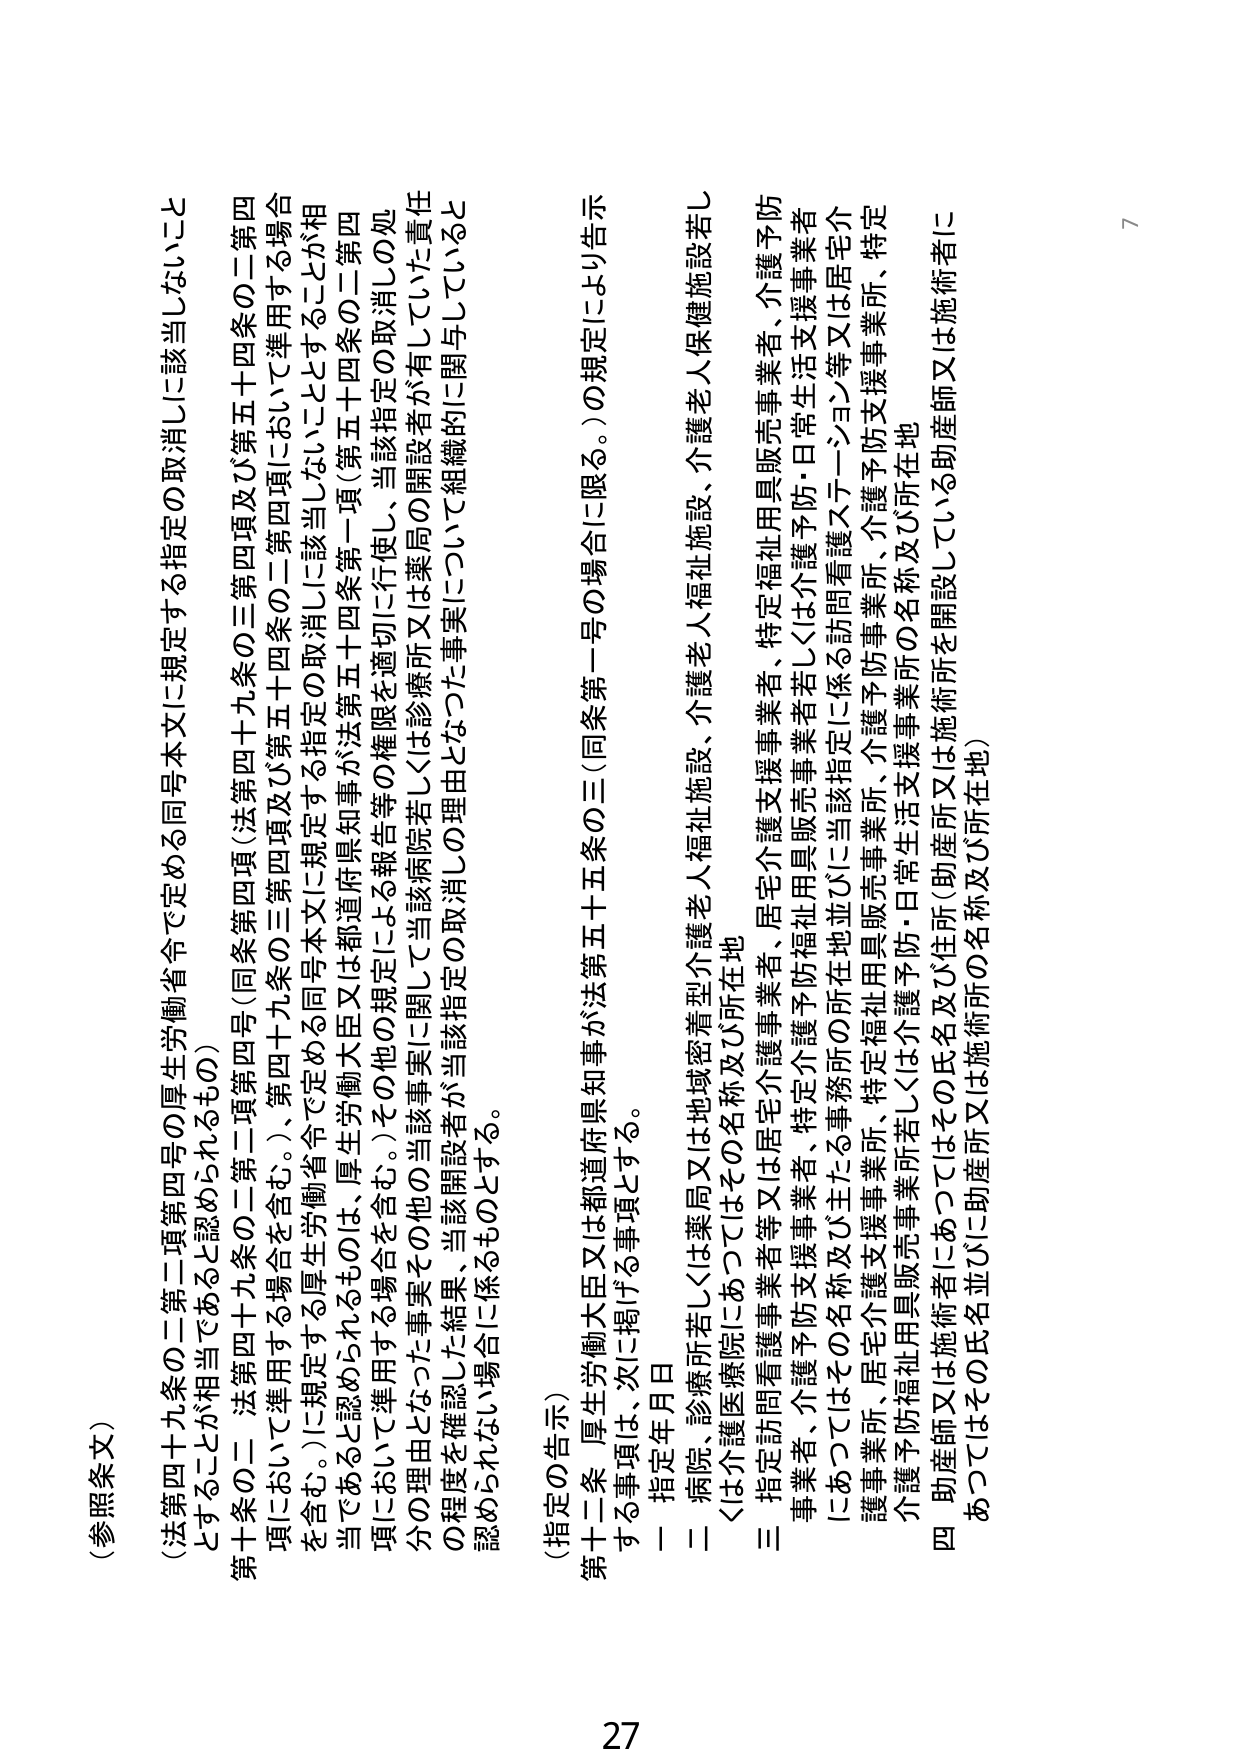
(参照条文)

(法第四十九条の二第二項第四号の厚生労働省令で定める同号本文に規定する指定の取消しに該当しないこととすることが相当であると認められるもの)

第十九条の二 法第四十九条の二第二項第四号(同条第四項(法第四十九条の三第四項及び第五十四条の二第四項において準用する場合を含む。)、第四十九条の三第四項及び第五十四条の二第四項において準用する場合を含む。)に規定する厚生労働省令で定める同号本文に規定する指定の取消しに該当しないこととすることが相当であると認められるものは、厚生労働大臣又は都道府県知事が法第五十四条第一項(第五十四条の二第四項において準用する場合を含む。)その他の規定による報告等の権限を適切に行使し、当該指定の取消しの処分の理由となった事実その他の当該事実に関して当該病院若しくは診療所又は薬局の開設者が有していた責任の程度を確認した結果、当該開設者が当該指定の取消しの理由となった事実について組織的に関与していると認められない場合に係るものとする。

(指定の告示)

第十二条 厚生労働大臣又は都道府県知事が法第五十五条の三(同条第一号の場合に限る。)の規定により告示する事項は、次に掲げる事項とする。

一 指定年月日

二 病院、診療所若しくは薬局又は地域密着型介護老人福祉施設、介護老人保健施設若しくは介護医療院にあつてはその名称及び所在地

三 指定訪問看護事業者等又は居宅介護事業者、居宅介護支援事業者、特定福祉用具販売事業者、介護予防事業者、介護予防支援事業者、特定介護予防支援事業者若しくは介護予防・日常生活支援事業者にあつてはその名称及び主たる事務所の所在地並びに当該指定に係る訪問看護ステーション等又は居宅介護事業所、居宅介護支援事業所、特定福祉用具販売事業所、介護予防事業所、介護予防支援事業所、特定介護予防支援事業所若しくは介護予防・日常生活支援事業所の名称及び所在地

四 助産師又は施術者にあつてはその氏名及び住所(助産所又は施術所を開設している助産師又は施術者にあつてはその氏名並びに助産所又は施術所の名称及び所在地)

27
7